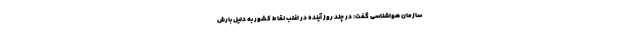
سازمان هواشناسی گفت: در چند روز آینده در اغلب نقاط کشور به دلیل بارش